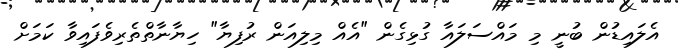
އެލައިޑުން ބުނީ މި މައްސަލައާ ގުޅިގެން "އެއް މިލިއަން ރުފިޔާ" ހިޔާނާތްތެރިވެފައިވާ ކަމަށް